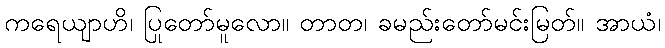
ကရေယျာဟိ၊ ပြုတော်မူလော။ တာတ၊ ခမည်းတော်မင်းမြတ်။ အာယံ၊